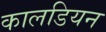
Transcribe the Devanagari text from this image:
कालडियन